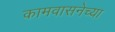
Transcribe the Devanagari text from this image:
कामवासनेच्या